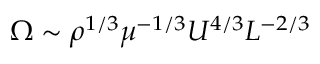
\Omega \sim \rho ^ { 1 / 3 } \mu ^ { - 1 / 3 } U ^ { 4 / 3 } L ^ { - 2 / 3 }